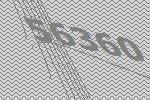
56360